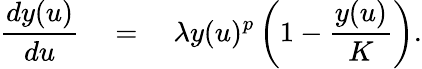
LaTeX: \frac{dy(u)}{du}\quad=\quad\lambda y(u)^{p}\left(1-\frac{y(u)}{K}\right).